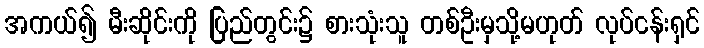
အကယ်၍ မီးဆိုင်းကို ပြည်တွင်း၌ စားသုံးသူ တစ်ဦးမှသို့မဟုတ် လုပ်ငန်းရှင်